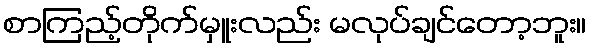
စာကြည့်တိုက်မှူးလည်း မလုပ်ချင်တော့ဘူး။